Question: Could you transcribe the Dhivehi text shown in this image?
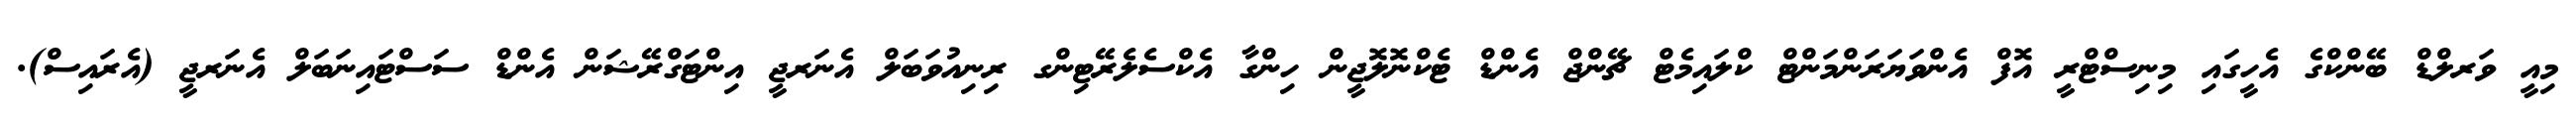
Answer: މިއީ ވަރލްޑް ބޭންކްގެ އެހީގައި މިނިސްޓްރީ އޮފް އެންވަޔަރަންމަންޓް ކްލައިމެޓް ޗޭންޖް އެންޑް ޓެކްނޮލޮޖީން ހިންގާ އެކްސެލެރޭޓިންގ ރިނިއުވަބަލް އެނަރޖީ އިންޓަގްރޭޝަން އެންޑް ސަސްޓައިނަބަލް އެނަރޖީ (އެރައިސް).